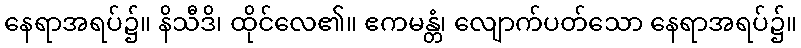
နေရာအရပ်၌။ နိသီဒိ၊ ထိုင်လေ၏။ ဧကမန္တံ၊ လျောက်ပတ်သော နေရာအရပ်၌။